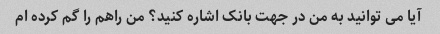
آیا می توانید به من در جهت بانک اشاره کنید؟ من راهم را گم کرده ام